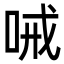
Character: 㖑